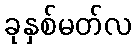
ခုနှစ်မတ်လ